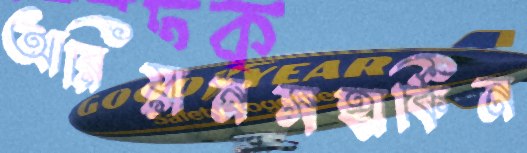
আরিয়ানসহার্কিন